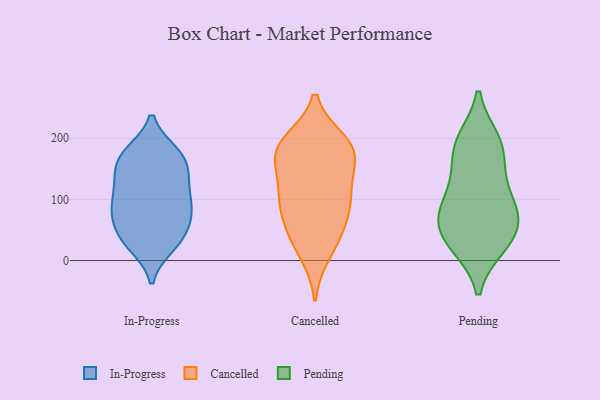
{"axis": {"x": "Headcount", "y": "Value"}, "legend": ["Cancelled", "In-Progress", "Pending"], "data": [{"x": "", "y": 97, "type": "In-Progress"}, {"x": "", "y": 142, "type": "In-Progress"}, {"x": "", "y": 168, "type": "In-Progress"}, {"x": "", "y": 175, "type": "In-Progress"}, {"x": "", "y": 79, "type": "In-Progress"}, {"x": "", "y": 29, "type": "In-Progress"}, {"x": "", "y": 28, "type": "In-Progress"}, {"x": "", "y": 125, "type": "In-Progress"}, {"x": "", "y": 75, "type": "In-Progress"}, {"x": "", "y": 71, "type": "In-Progress"}, {"x": "", "y": 84, "type": "In-Progress"}, {"x": "", "y": 24, "type": "In-Progress"}, {"x": "", "y": 50, "type": "In-Progress"}, {"x": "", "y": 133, "type": "In-Progress"}, {"x": "", "y": 42, "type": "In-Progress"}, {"x": "", "y": 121, "type": "In-Progress"}, {"x": "", "y": 176, "type": "In-Progress"}, {"x": "", "y": 161, "type": "In-Progress"}, {"x": "", "y": 174, "type": "In-Progress"}, {"x": "", "y": 96, "type": "In-Progress"}, {"x": "", "y": 107, "type": "Cancelled"}, {"x": "", "y": 173, "type": "Cancelled"}, {"x": "", "y": 168, "type": "Cancelled"}, {"x": "", "y": 178, "type": "Cancelled"}, {"x": "", "y": 104, "type": "Cancelled"}, {"x": "", "y": 56, "type": "Cancelled"}, {"x": "", "y": 33, "type": "Cancelled"}, {"x": "", "y": 12, "type": "Cancelled"}, {"x": "", "y": 121, "type": "Cancelled"}, {"x": "", "y": 194, "type": "Cancelled"}, {"x": "", "y": 95, "type": "Cancelled"}, {"x": "", "y": 66, "type": "Cancelled"}, {"x": "", "y": 191, "type": "Cancelled"}, {"x": "", "y": 178, "type": "Cancelled"}, {"x": "", "y": 153, "type": "Pending"}, {"x": "", "y": 127, "type": "Pending"}, {"x": "", "y": 66, "type": "Pending"}, {"x": "", "y": 190, "type": "Pending"}, {"x": "", "y": 91, "type": "Pending"}, {"x": "", "y": 196, "type": "Pending"}, {"x": "", "y": 31, "type": "Pending"}, {"x": "", "y": 190, "type": "Pending"}, {"x": "", "y": 63, "type": "Pending"}, {"x": "", "y": 25, "type": "Pending"}, {"x": "", "y": 27, "type": "Pending"}, {"x": "", "y": 69, "type": "Pending"}, {"x": "", "y": 94, "type": "Pending"}]}